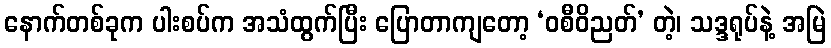
နောက်တစ်ခုက ပါးစပ်က အသံထွက်ပြီး ပြောတာကျတော့ ‘ဝစီဝိညတ်’ တဲ့၊ သဒ္ဒရုပ်နဲ့ အမြဲ